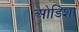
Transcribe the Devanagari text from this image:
ओडिशा